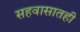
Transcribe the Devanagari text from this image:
सहवासातही